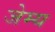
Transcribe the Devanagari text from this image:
जेम्य